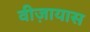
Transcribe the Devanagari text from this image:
वीज़ायास